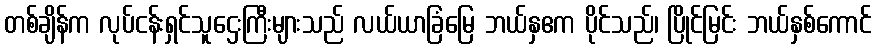
တစ်ချိန်က လုပ်ငန်းရှင်သူဌေးကြီးများသည် လယ်ယာခြံမြေ ဘယ်နှဧက ပိုင်သည်၊ ပြိုင်မြင်း ဘယ်နှစ်ကောင်